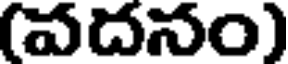
(వదనం)